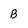
Character: B